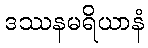
ဒဿနမရိယာနံ